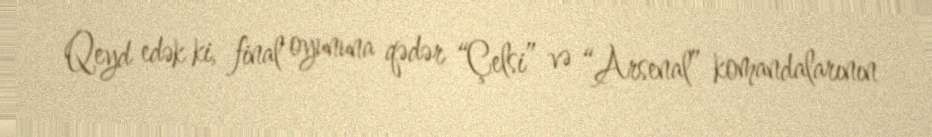
Qeyd edək ki, final oyununa qədər “Çelsi” və “Arsenal” komandalarının